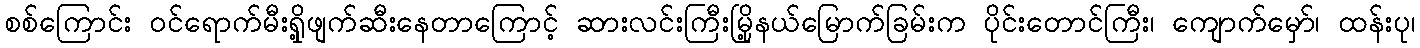
စစ်ကြောင်း ဝင်ရောက်မီးရှို့ဖျက်ဆီးနေတာကြောင့် ဆားလင်းကြီးမြို့နယ်မြောက်ခြမ်းက ပိုင်းတောင်ကြီး၊ ကျောက်မှော်၊ ထန်းပု၊